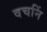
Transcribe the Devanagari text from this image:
वचनिं